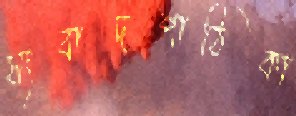
সংবাদপাঠিকা